Emmaste_vallavalitsus, lk 7
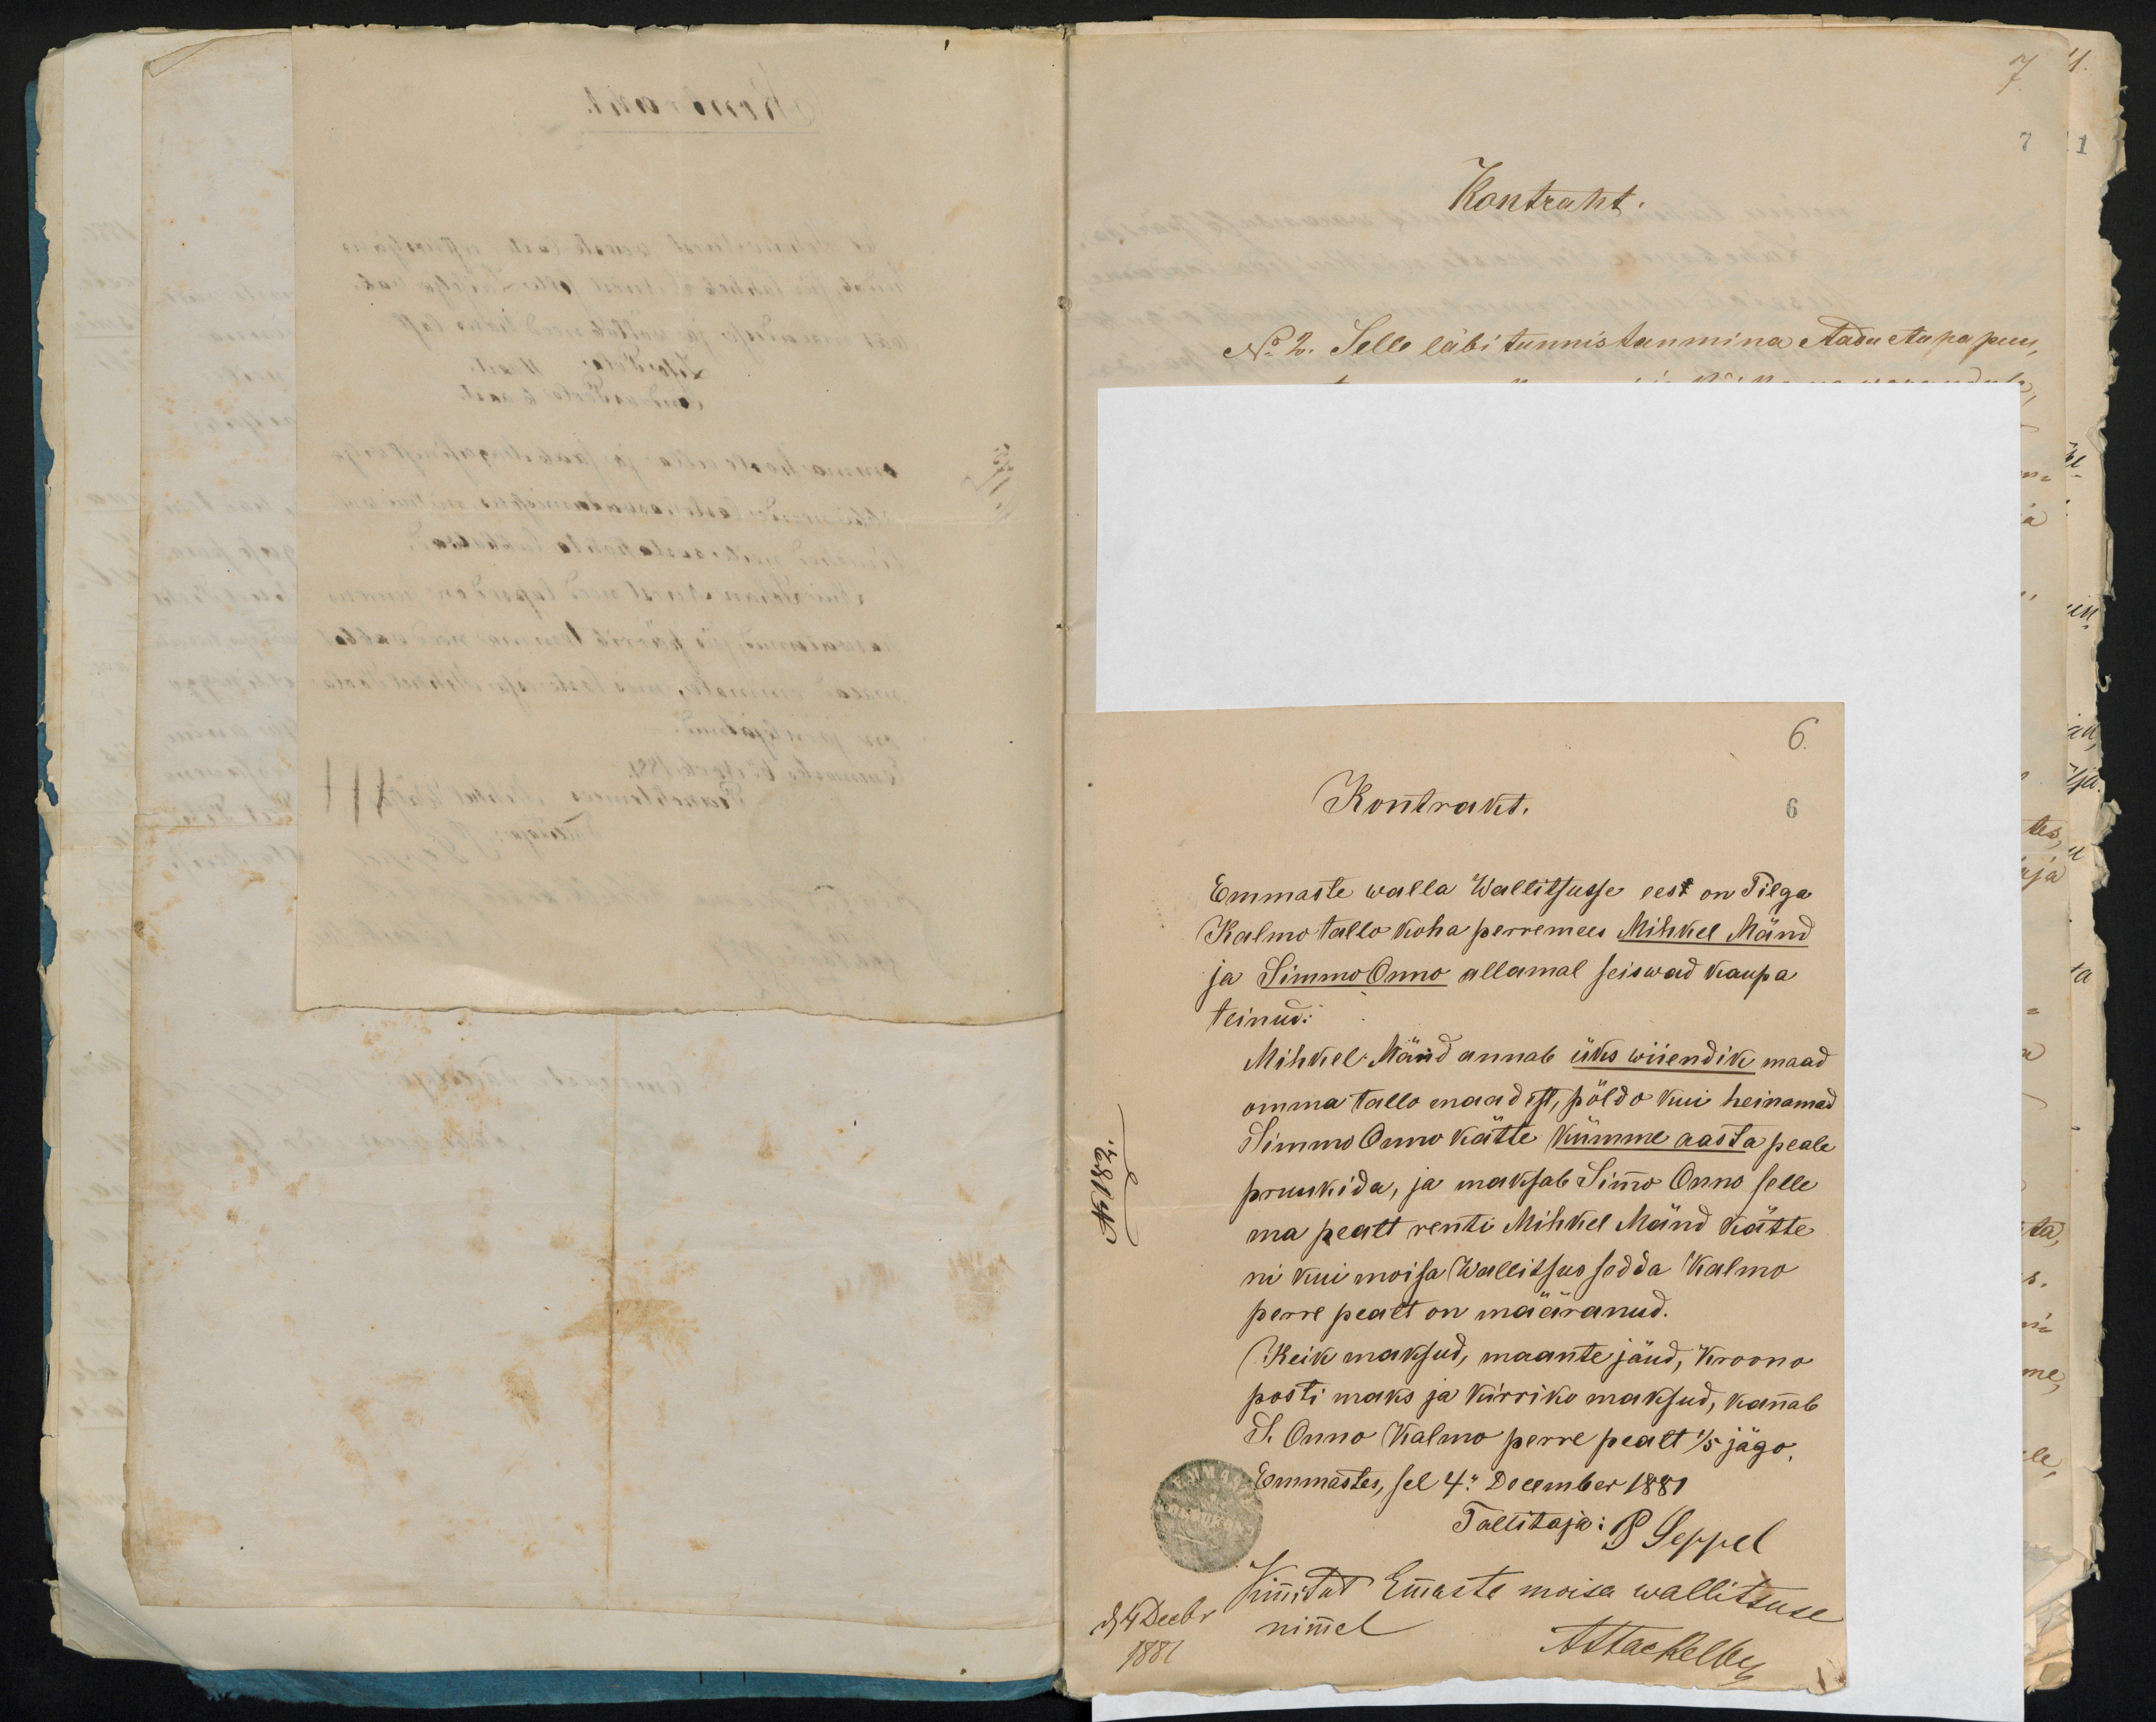
6.
Kontrakt.
6
Emmaste walla Wallitsusse eest on Tilga
Kalmo tallo koha perremees Mihkel Mänd
ja Simmo Onno allamal seiswad kaupa
teinud:
Mihkel Mänd annab üks wiiendik maad
omma tallo maadest, põldo kui heinamad
Simmo Onno kätte kümme aasta peale
pruukida, ja maksab Simo Onno selle
ma pealt renti Mihkel Mänd kätte
ni kui moisa Wallitsus sedda Kalmo
perre pealt on määranud.
Keik maksud, maante jäud, Kroono
posti maks ja kirriko maksud, kannab
S. Onno Walmo perre pealt 1/5 jägo,
Emmastes, sel 4. December 1881
Tallitaja: P. Seppel
den 4 Decbr.
Kirjutud Emmaste moisa wallitsuse
nimmel
1881
Ättackelbe